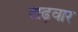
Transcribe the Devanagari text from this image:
दाढ़वार